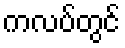
ကလပ်တွင်